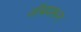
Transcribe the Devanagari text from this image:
जॉबवरून